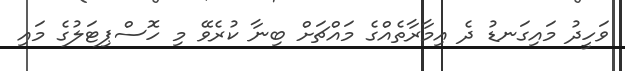
ވަހީދު މައިގަނޑު ދެ އިމާރާތެއްގެ މައްޗަށް ބިނާ ކުރެވޭ މި ހޮސްޕިޓަލުގެ މައި